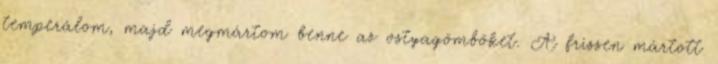
temperálom, majd megmártom benne az ostyagömböket. A frissen mártott